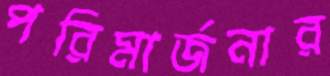
পরিমার্জনার